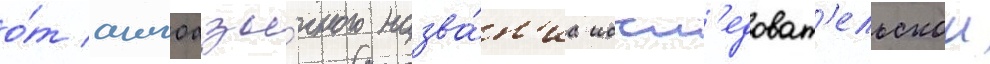
о́т англоазы́чного назва́н'иа иссл'едоват'ельскои